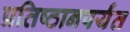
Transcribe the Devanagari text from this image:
प्रतिष्ठानपर्यंत